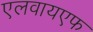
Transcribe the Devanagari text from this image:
एलवायएफ